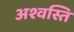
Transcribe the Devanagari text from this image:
अश्वस्ति